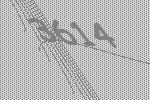
3614